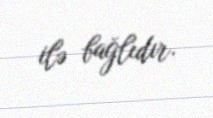
ilə bağlıdır.